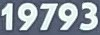
19793